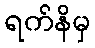
ရက်နိမှ